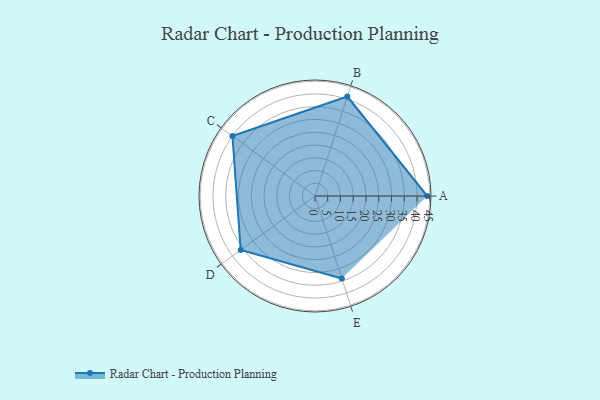
{"axis": {"x": "Skill", "y": "Score"}, "legend": ["Profile"], "data": [{"x": "A", "y": 44.0, "type": "Profile"}, {"x": "B", "y": 41.0, "type": "Profile"}, {"x": "C", "y": 40.0, "type": "Profile"}, {"x": "D", "y": 36.0, "type": "Profile"}, {"x": "E", "y": 34.0, "type": "Profile"}]}